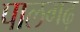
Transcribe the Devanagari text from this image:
पालगढ़